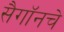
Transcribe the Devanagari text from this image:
सैगॉनचे